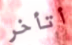
أتأخر